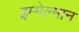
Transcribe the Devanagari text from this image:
इम्मेल्मान